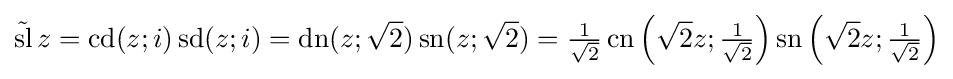
{\tilde {\operatorname {sl} }}\,z=\operatorname {cd} (z;i)\operatorname {sd} (z;i)=\operatorname {dn} (z;{\sqrt {2}})\operatorname {sn} (z;{\sqrt {2}})={\tfrac {1}{\sqrt {2}}}\operatorname {cn} \left({\sqrt {2}}z;{\tfrac {1}{\sqrt {2}}}\right)\operatorname {sn} \left({\sqrt {2}}z;{\tfrac {1}{\sqrt {2}}}\right)